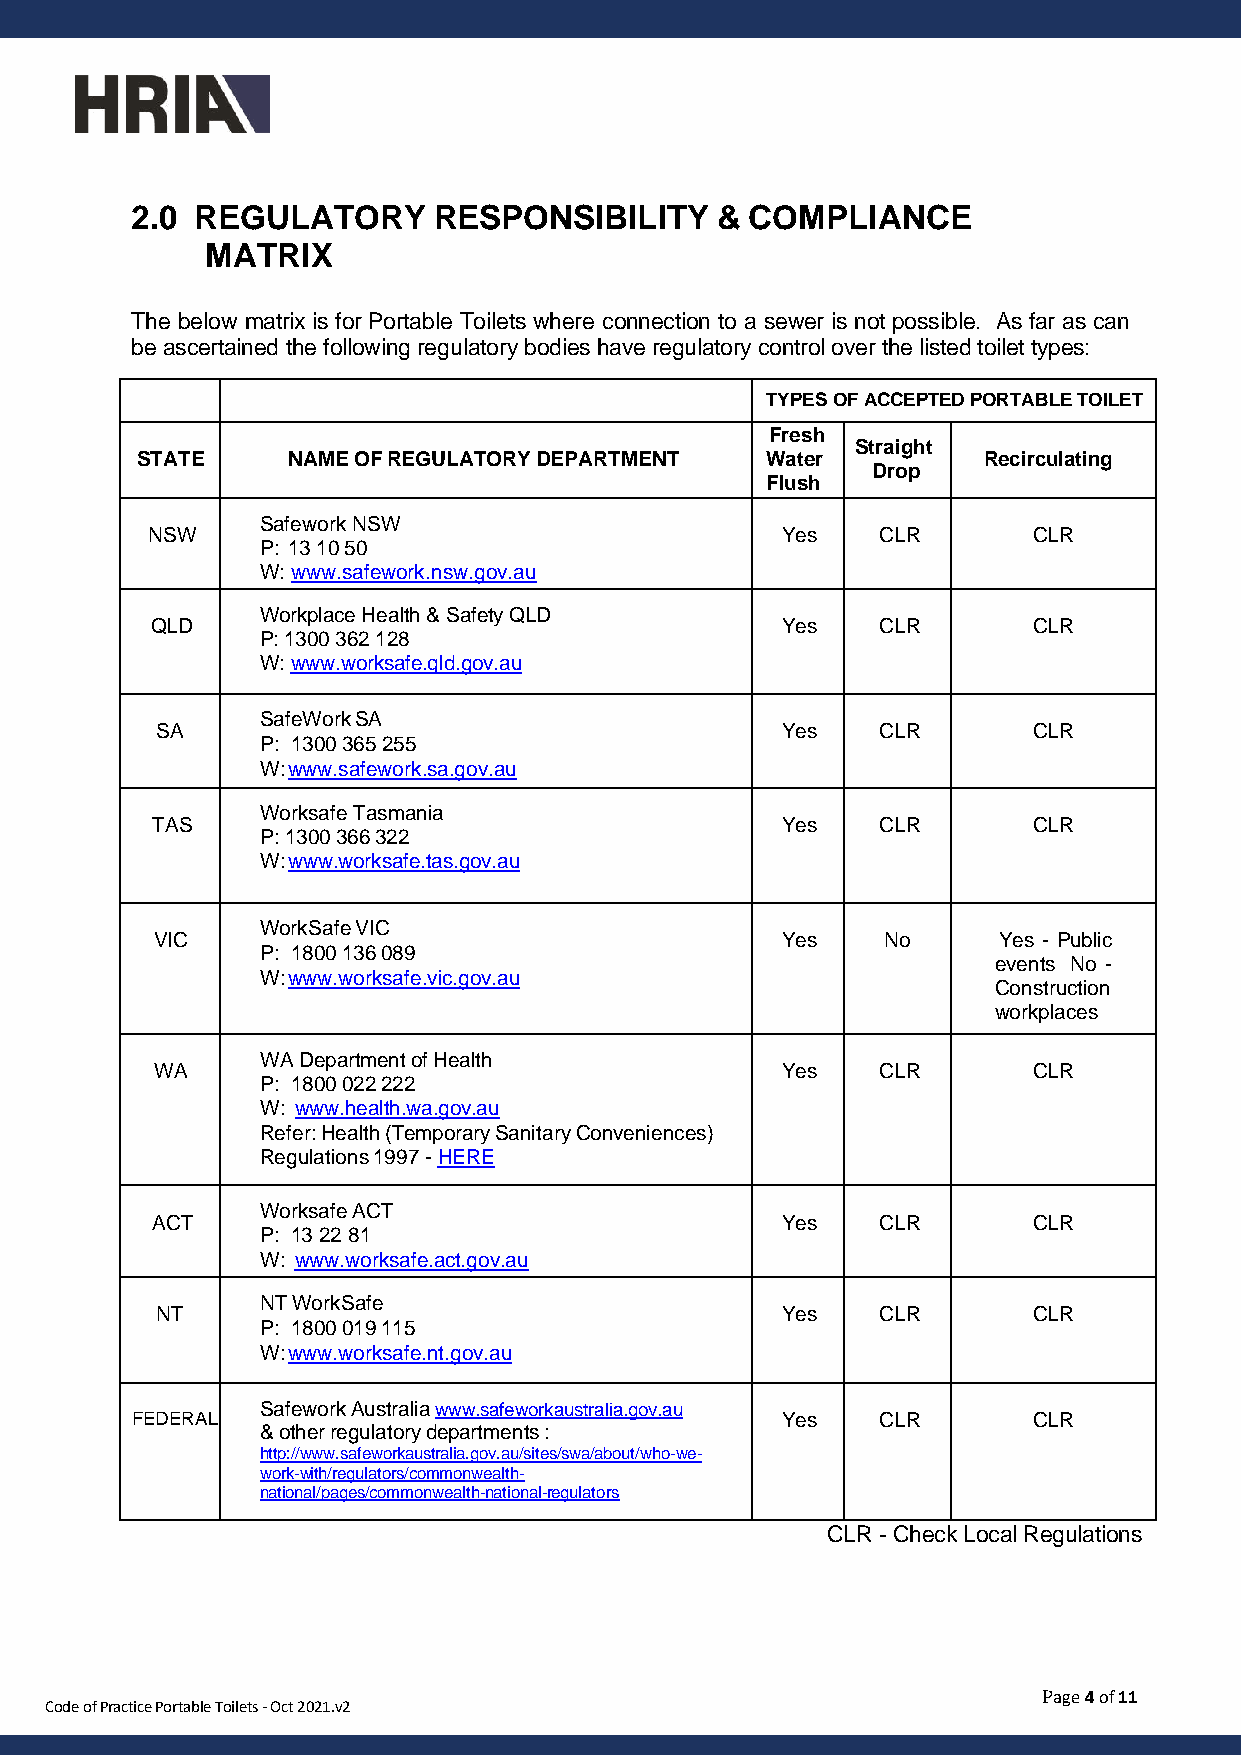
2.0 REGULATORY      RESPONSIBILITY    &  COMPLIANCE
 MATRIX
 The below matrix is for Portable Toilets where connection to a sewer is not possible. As far as can
 be ascertained the following regulatory bodies have regulatory control over the listed toilet types:
 TYPES OF ACCEPTED PORTABLE TOILET
 Fresh
 Straight
 STATE     NAME OF REGULATORY DEPARTMENT   Water         Recirculating
 Drop
 Flush
 Safework NSW
 NSW                                       Yes   CLR       CLR
 P: 13 10 50
 W: www.safework.nsw.gov.au
 Workplace Health & Safety QLD
 QLD                                       Yes   CLR       CLR
 P: 1300 362 128
 W: www.worksafe.qld.gov.au
 SafeWork SA
 SA                                        Yes   CLR       CLR
 P: 1300 365 255
 W: www.safework.sa.gov.au
 Worksafe Tasmania
 TAS                                       Yes   CLR       CLR
 P: 1300 366 322
 W: www.worksafe.tas.gov.au
 WorkSafe VIC
 VIC                                       Yes   No      Yes - Public
 P: 1800 136 089
 events No -
 W: www.worksafe.vic.gov.au
 Construction
 workplaces
 WA Department of Health
 WA                                        Yes   CLR       CLR
 P: 1800 022 222
 W: www.health.wa.gov.au
 Refer: Health (Temporary Sanitary Conveniences)
 Regulations 1997 - HERE
 Worksafe ACT
 ACT                                       Yes   CLR       CLR
 P: 13 22 81
 W: www.worksafe.act.gov.au
 NT WorkSafe
 NT                                        Yes   CLR       CLR
 P: 1800 019 115
 W: www.worksafe.nt.gov.au
 Safework Australia www.safeworkaustralia.gov.au
 FEDERAL                                    Yes   CLR       CLR
 & other regulatory departments :
 http://www.safeworkaustralia.gov.au/sites/swa/about/who-we-
 work-with/regulators/commonwealth-
 national/pages/commonwealth-national-regulators
 CLR - Check Local Regulations
 Code of Practice Portable Toilets - Oct 2021.v2
 Page 4 of 11